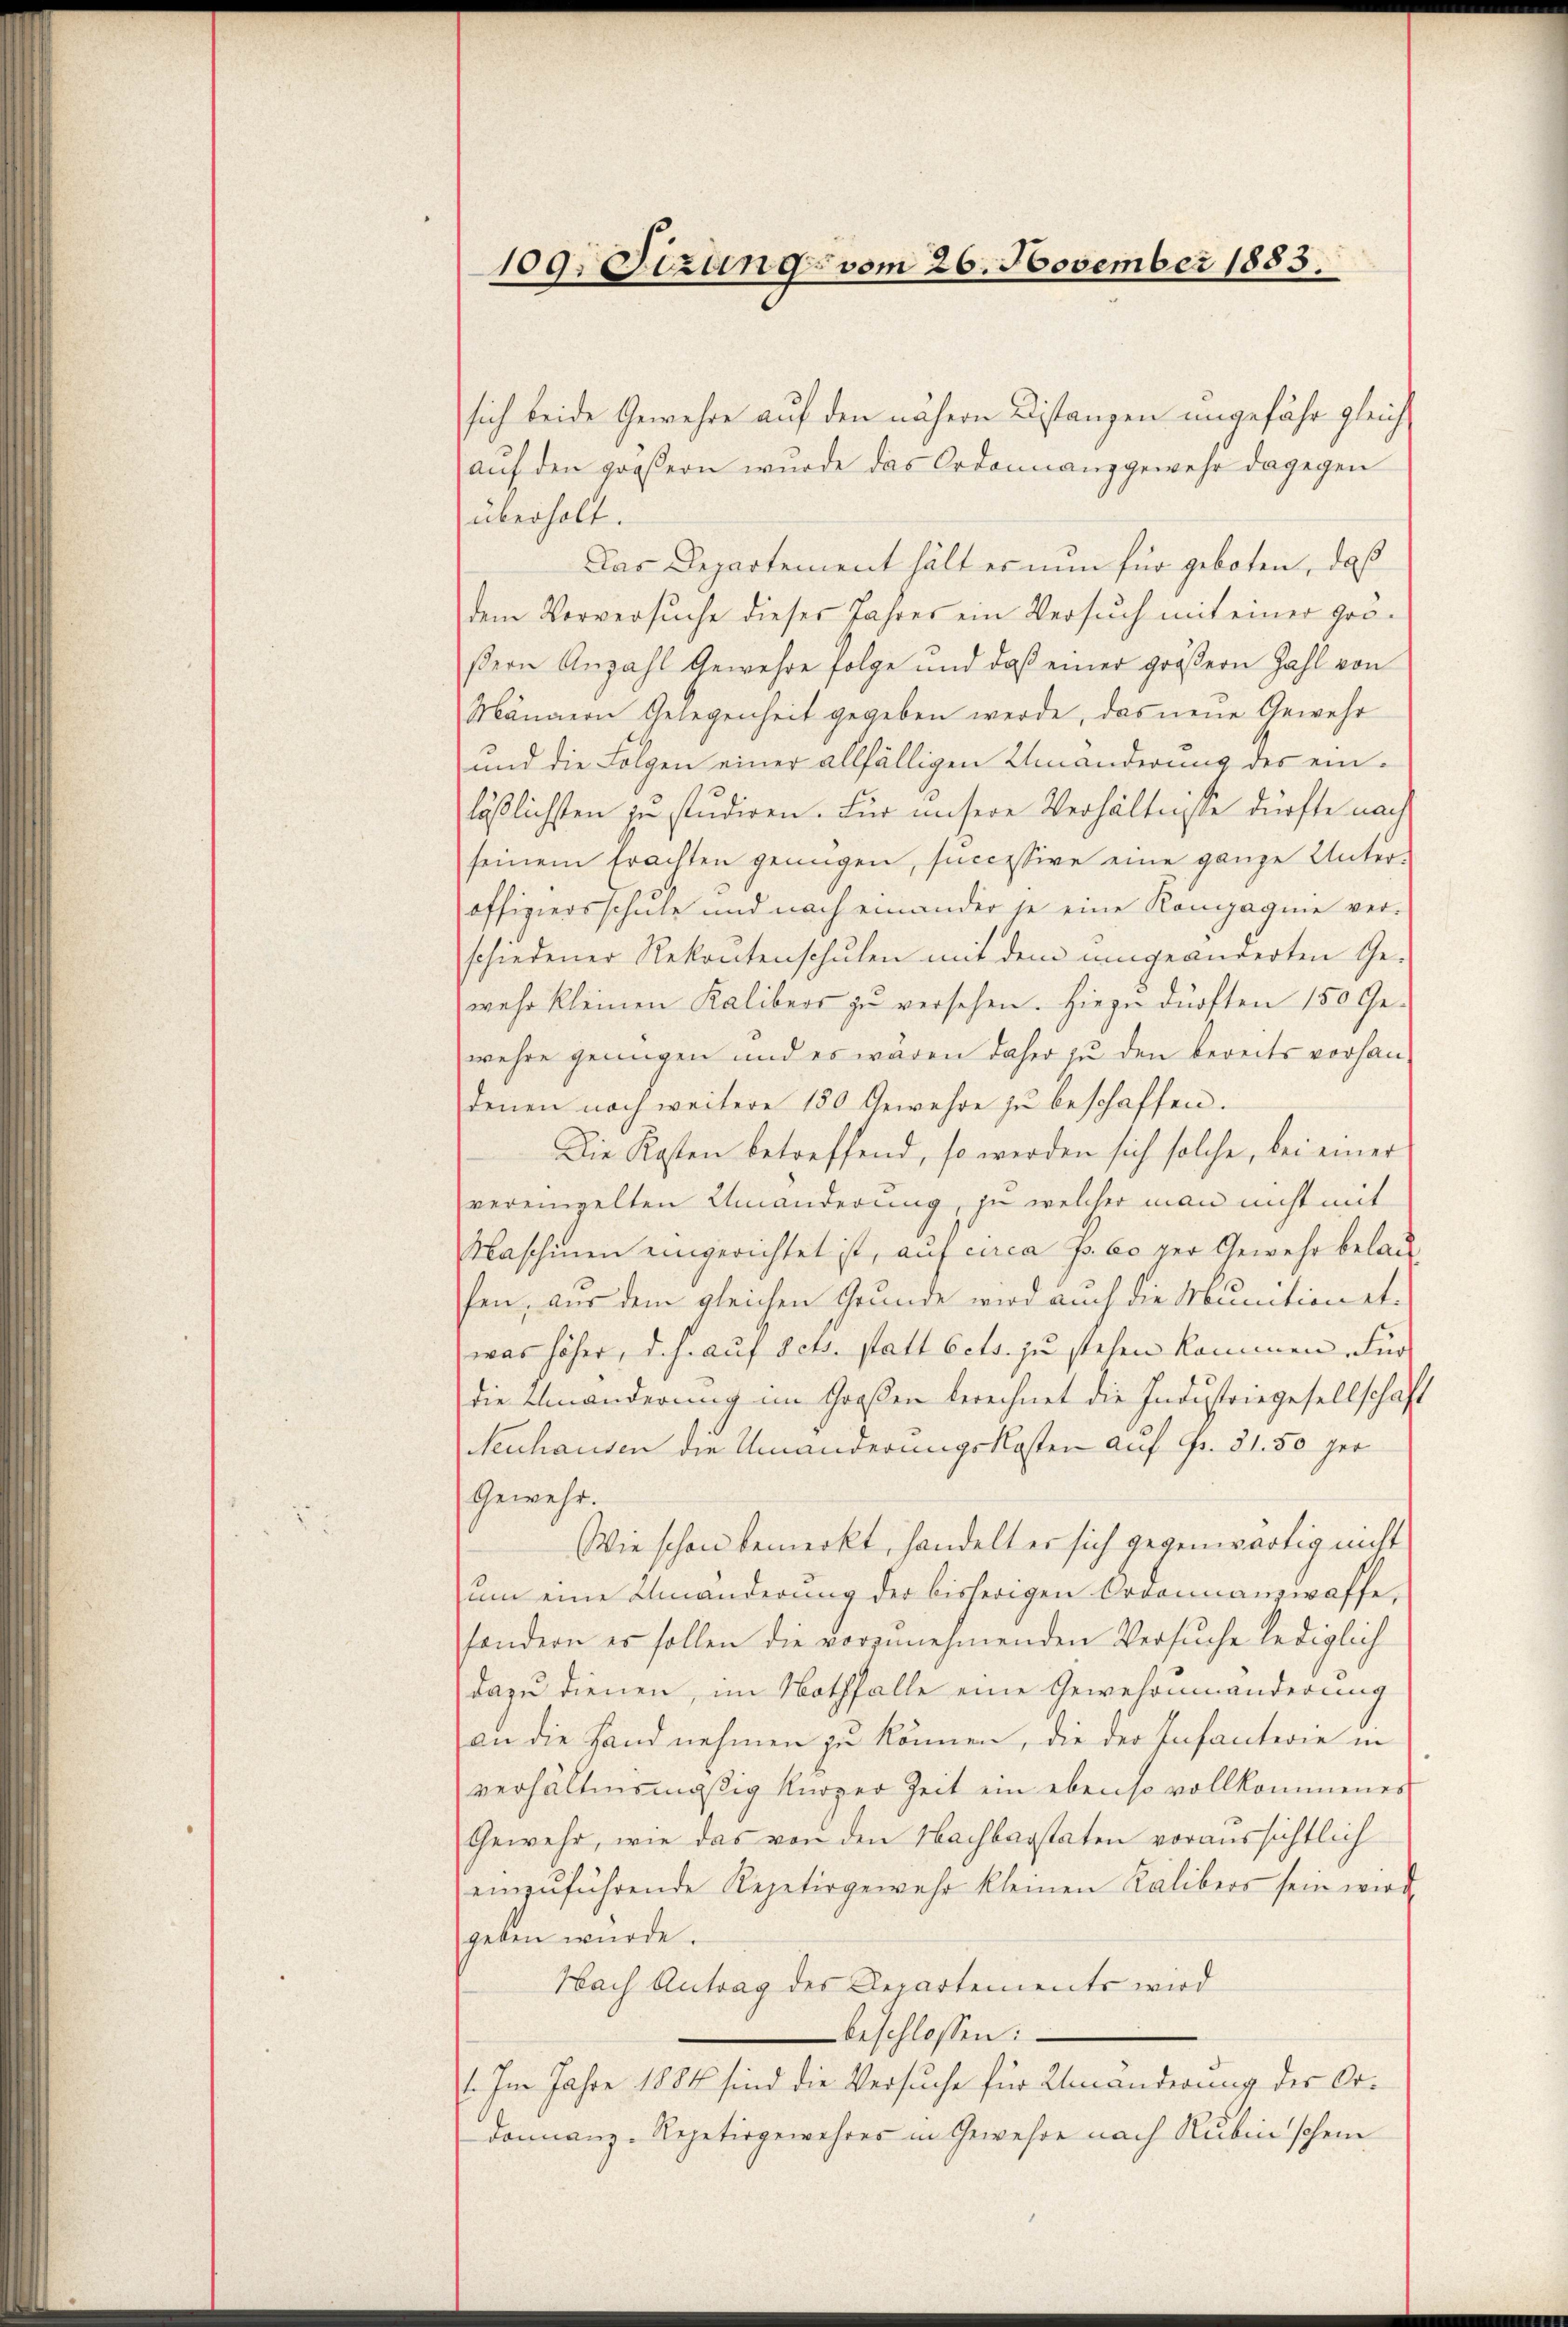
109. Sizung vom 26. November 1883.

sich beide Gewehre auf den nähern Distanzen ungefähr gleich
auf den größern wurde das Ordonnanzgewehr dagegen
überholt.
Das Departement hält es nun für geboten, daß
dem Vorversuche dieser Jahres ein Versuch mit einer grö-
ßern Anzahl Gewehre folge und daß einer größern Zahl von
Männern Gelegenheit gegeben werde, das neue Gewehr
und die Folgen einer allfälligen Umänderung des einläßlichsten zu studiren. Für unsere Verhältnisse dürfte nach
seinem Erachten genügen, successive eine ganze Unter-
offiziersschule und nach einander je eine Kompagnie ver-
schiedener Rekrutenschulen mit dem umgeänderten Ge-
wehr kleinen Kalibers zŭ versehen. Hiezu dürften 150 Ge-
wehre genügen und es waren daher zu den bereits vorhandenen noch weitere 180 Gewehre zu beschaffen.
Die Kosten betreffend, so werden sich solche, bei einer
vereingelten Umänderung, ja welcher man nicht mit
Maschinen eingerichtet ist, auf circa p. 60 per Gewehr belausen, aus dem gleichen Grunde wird auch die Munitionet.
was höher, d. h. auf Octs. statt bets. zu stehen kommen. Für
die Umänderung im Großen berechnet die Industriegesellschaft
Neuhausen die Umänderungskosten auf fr. 31. 50 per
Gewehr.
Wie schon bemerkt, handelt er sich gegenwärtig nicht
ŭm eine Umänderŭng der bisherigen Ordonnanzwaffe,
sondern es sollen die vorzunehmenden Versuche lediglich
dazu dienen, im Nothfalle eine Gewehrumänderung
an die Hand nehmen zu können, die der Infanterie in
verhältnismäßig kürzer Zeit ein ebenso vollkommenes
Gewehr, wie das von den Nachbarstaten voraussichtlich
einzŭführende Repetirgewahr kleinen Kälibers sein wird
geben würde.
Nach Antrag des Departements wird
beschlossen:
1. Im Jahre 1884 sind die Versuche für Umänderung der Ordonnanz-Repetirgewehres in Gewesse nach Rubin schein